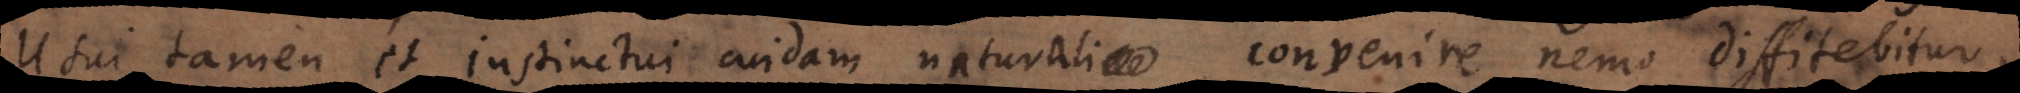
Usui tamen et instinctui cuidam naturali convenire nemo diffitebitur.